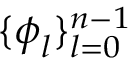
\{ \boldsymbol { \phi } _ { l } \} _ { l = 0 } ^ { n - 1 }